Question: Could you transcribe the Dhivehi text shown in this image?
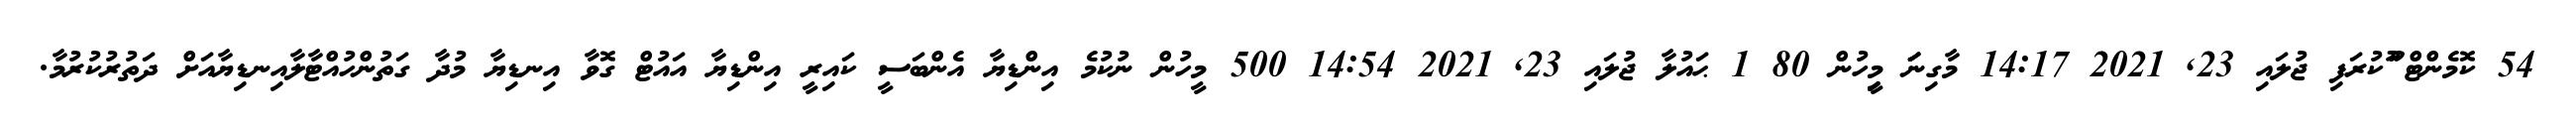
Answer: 54 ކޮމެންޓް ޫުކުރަފި ޖުލައި 23, 2021 14:17 މާގިނަަަ މިިީހުން 80 1 ޙައުލާ ޖުލައި 23, 2021 14:54 500 މީހުން ނުކުމެ އިންޑިޔާ އެންބަސީ ކައިރީ އިންޑިޔާ އައުޓް ގޮވާ އިނޑިޔާ މުދާ ގަތުންހުއްޓާލާއިނޑިޔާއަށް ދަތުރުކުރުމާ.